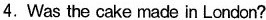
4.Was the cake made in London?